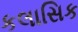
કલાસિક